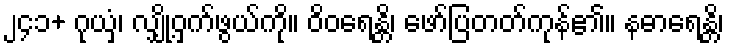
၂၄၁+ ဂုယှံ၊ လျှို့ဝှက်ဖွယ်ကို။ ဝိဝရေန္တိ၊ ဖော်ပြတတ်ကုန်၏။ နဓာရေန္တိ၊